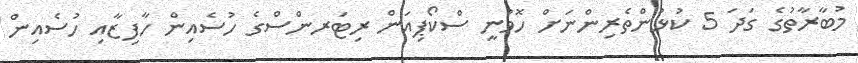
މުބާރާތުގެ ގަދަ 5 ކުޅުންތެރިންނަށް ހޮވުނީ ސްކޯޕިއަން ރިޓަރންސްގެ ހުސެއިން ހާފިޒާއި ހުސެއިން